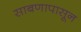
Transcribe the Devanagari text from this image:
साबणापासून